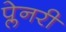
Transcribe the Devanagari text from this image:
प्लेनरी